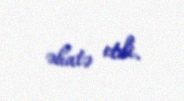
əhatə etdi.